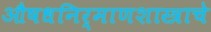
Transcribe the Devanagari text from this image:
औषधनिर्माणशास्त्राचे